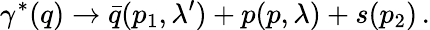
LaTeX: \gamma^{\ast}(q)\to\bar{q}(p_{1},\lambda^{\prime})+p(p,\lambda)+s(p_{2})\, .